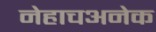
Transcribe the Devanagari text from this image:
नेहाचअनेक